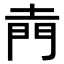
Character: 𮤇